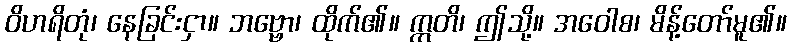
ဝိဟရိတုံ၊ နေခြင်းငှာ။ ဘဗ္ဗော၊ ထိုက်၏။ ဣတိ၊ ဤသို့။ အဝေါစ၊ မိန့်တော်မူ၏။